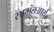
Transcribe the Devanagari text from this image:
सामंतआर्य